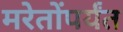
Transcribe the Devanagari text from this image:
मरेतोंपर्यंत